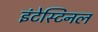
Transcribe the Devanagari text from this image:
इंटेस्टिनल